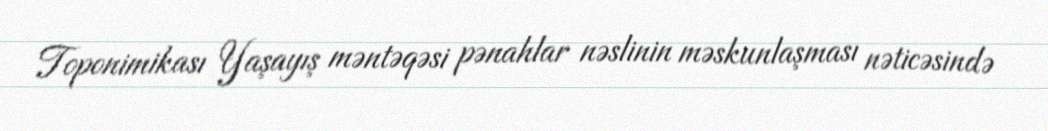
Toponimikası Yaşayış məntəqəsi pənahlar nəslinin məskunlaşması nəticəsində